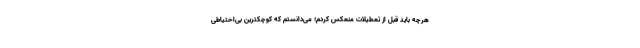
هرچه باید قبل از تعطیلات منعکس کردم؛ می‌دانستم که کوچکترین بی‌احتیاطی